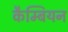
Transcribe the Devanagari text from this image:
कैम्बियन